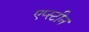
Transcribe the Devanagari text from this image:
एप्स्टीन